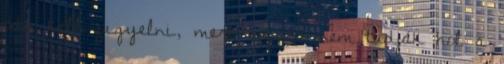
oda kell figyelni, mert sajnos nem tudják hol a